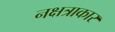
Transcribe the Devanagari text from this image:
नक्षत्राकार